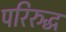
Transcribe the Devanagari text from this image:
परिरुद्ध